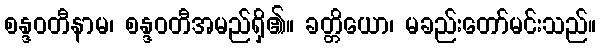
စန္ဒဝတီနာမ၊ စန္ဒဝတီအမည်ရှိ၏။ ခတ္တိယော၊ မခည်းတော်မင်းသည်။